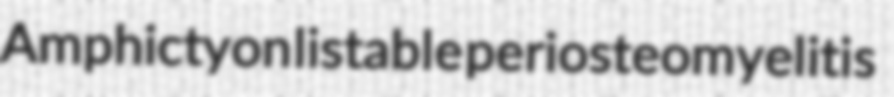
Amphictyon listable periosteomyelitis